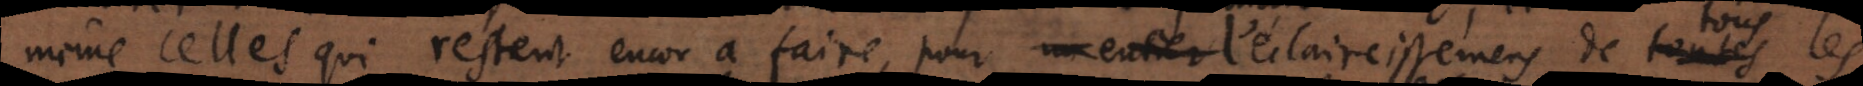
même celles qui restent encor à faire, pour [l’eclaircissement] un entier de